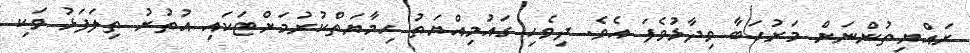
ރައްޔިތުންނަށް މަރުހަބާ ވިދާޅުވެފަ އެވެ. ދިވެހި ގައުމިއްޔަތު ހިމާޔަތްކުރުމަށްޓަކައި އުތުރު ތިލަފަޅު ވަކި